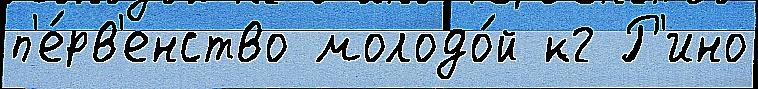
п'е́рв'енство молодо́й кг Р'ино